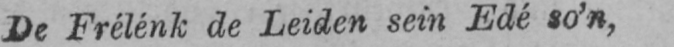
De Frélénk de Leiden sein Edé so’n,